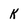
Character: K